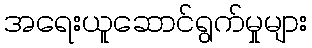
အရေးယူဆောင်ရွက်မှုများ